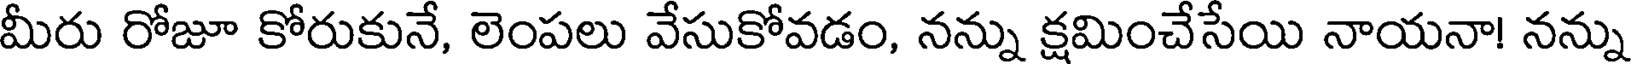
మీరు రోజూ కోరుకునే, లెంపలు వేసుకోవడం, నన్ను క్షమించేసేయి నాయనా! నన్ను